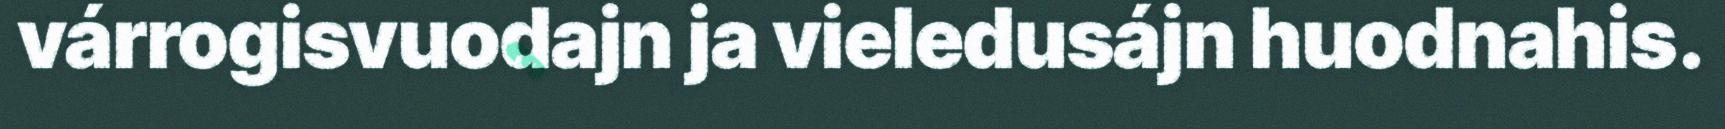
várrogisvuodajn ja vieledusájn huodnahis.